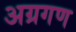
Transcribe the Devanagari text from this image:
अग्रगण